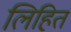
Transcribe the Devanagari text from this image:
लिहितं